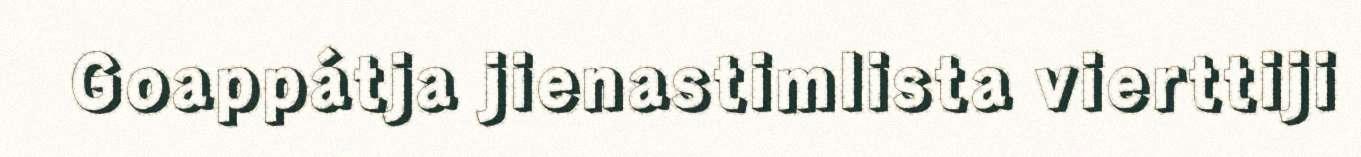
Goappátja jienastimlista vierttiji